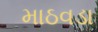
માઠવડા